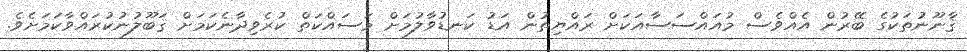
ޤާނޫނުތަކުގެ ބޭރުން އެއްވެސް މުއައްސަސާއަކަށް ރައްޔިތުން އަޑު ކަނޑުވާލުމަށް މަސައްކަތް ކުރެވިދާނެކަމަށް ޤަބޫލުނުކުރައްވާކަމަށެވެ.